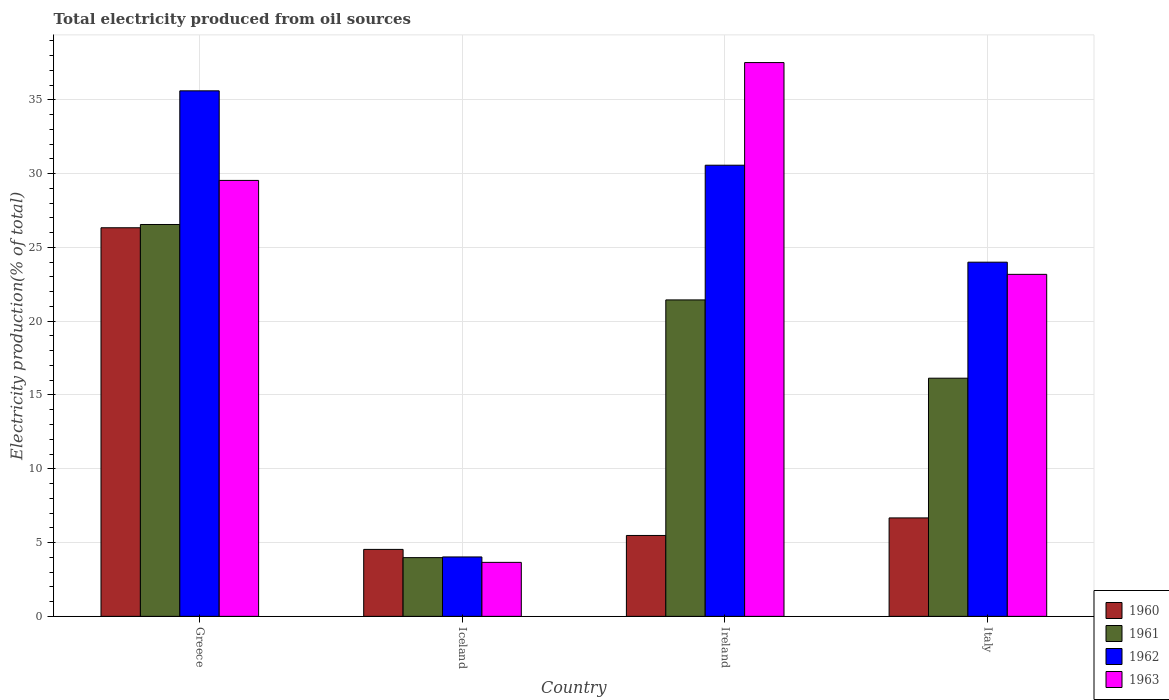
| Country | 1960 | 1961 | 1962 | 1963 |
 | --- | --- | --- | --- | --- |
 | Greece | 26.3 | 26.6 | 35.6 | 29.5 |
 | Iceland | 4.54 | 3.98 | 4.03 | 3.66 |
 | Ireland | 5.48 | 21.4 | 30.6 | 37.5 |
 | Italy | 6.67 | 16.1 | 24 | 23.2 |